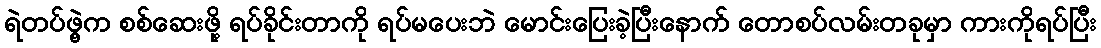
ရဲတပ်ဖွဲ့က စစ်ဆေးဖို့ ရပ်ခိုင်းတာကို ရပ်မပေးဘဲ မောင်းပြေးခဲ့ပြီးနောက် တောစပ်လမ်းတခုမှာ ကားကိုရပ်ပြီး